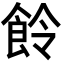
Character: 𩚹